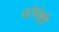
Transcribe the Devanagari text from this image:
चरंपंथी